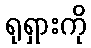
ရုရှားကို